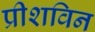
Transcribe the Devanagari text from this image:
प्रीशविन